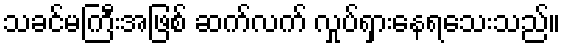
သခင်မကြီးအဖြစ် ဆက်လက် လှုပ်ရှားနေရသေးသည်။